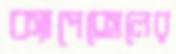
ক্যাপেক্সেলের